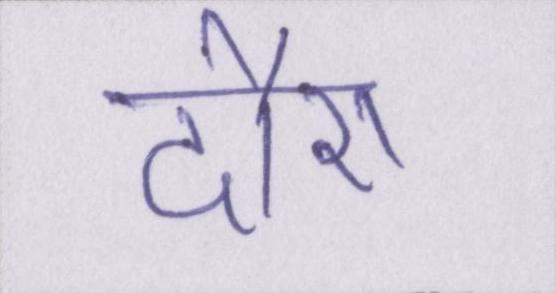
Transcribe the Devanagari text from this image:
दौरा